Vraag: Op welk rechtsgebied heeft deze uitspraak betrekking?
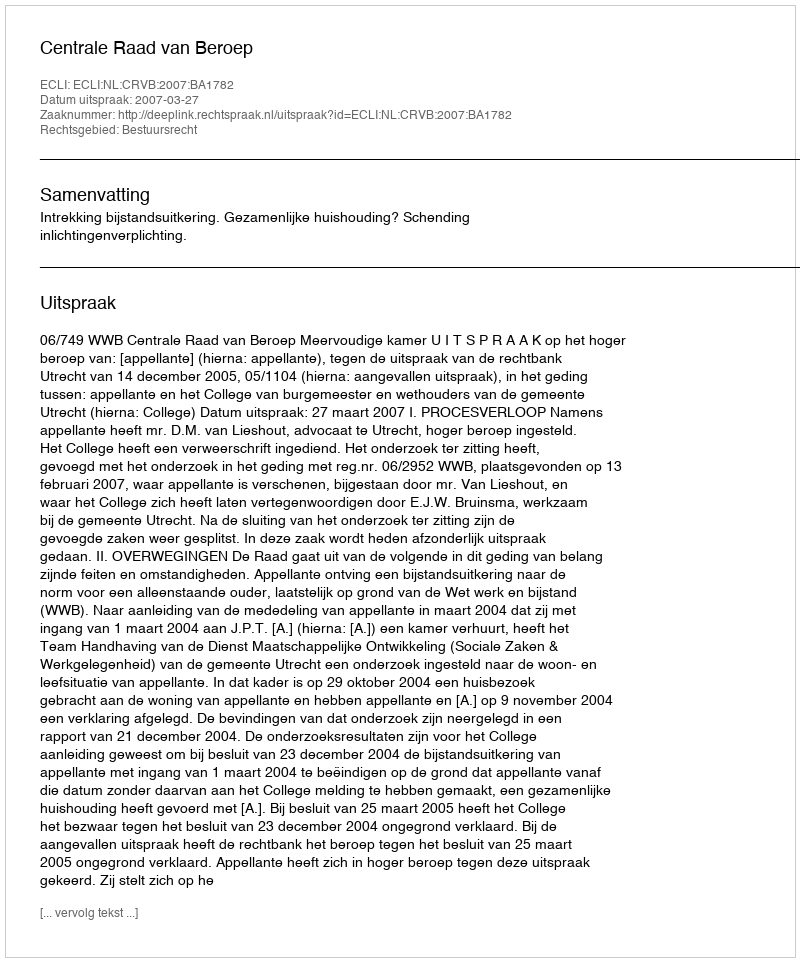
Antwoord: Bestuursrecht